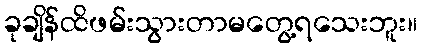
ခုချိန်ထိဖမ်းသွားတာမတွေ့ရသေးဘူး။